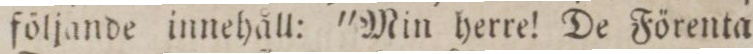
följande innehåll: ”Min herre! De Förenta”